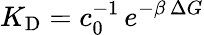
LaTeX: K_{\mathrm{D}}=c_{0}^{-1}\, e^{-\beta\, \Delta G}